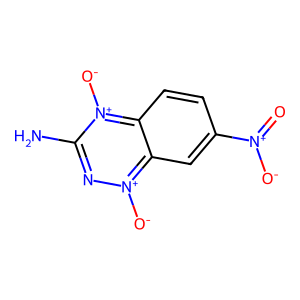
SMILES: Nc1n[n+]([O-])c2cc([N+](=O)[O-])ccc2[n+]1[O-]
Inhibits HIV replication: No